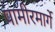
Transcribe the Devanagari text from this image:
पामीरमार्गे